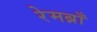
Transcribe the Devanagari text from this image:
रेमब्राँ